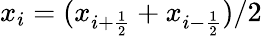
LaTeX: x_{i}=(x_{i+\frac{1}{2}}+x_{i-\frac{1}{2}})/2